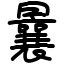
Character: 曩